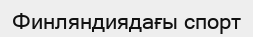
Финляндиядағы спорт